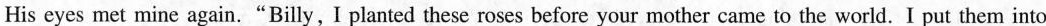
His eyes met mine again."Billy, I planted these roses before your mother came to the world. I put them into